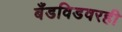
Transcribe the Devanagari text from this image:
बँडविडवरही